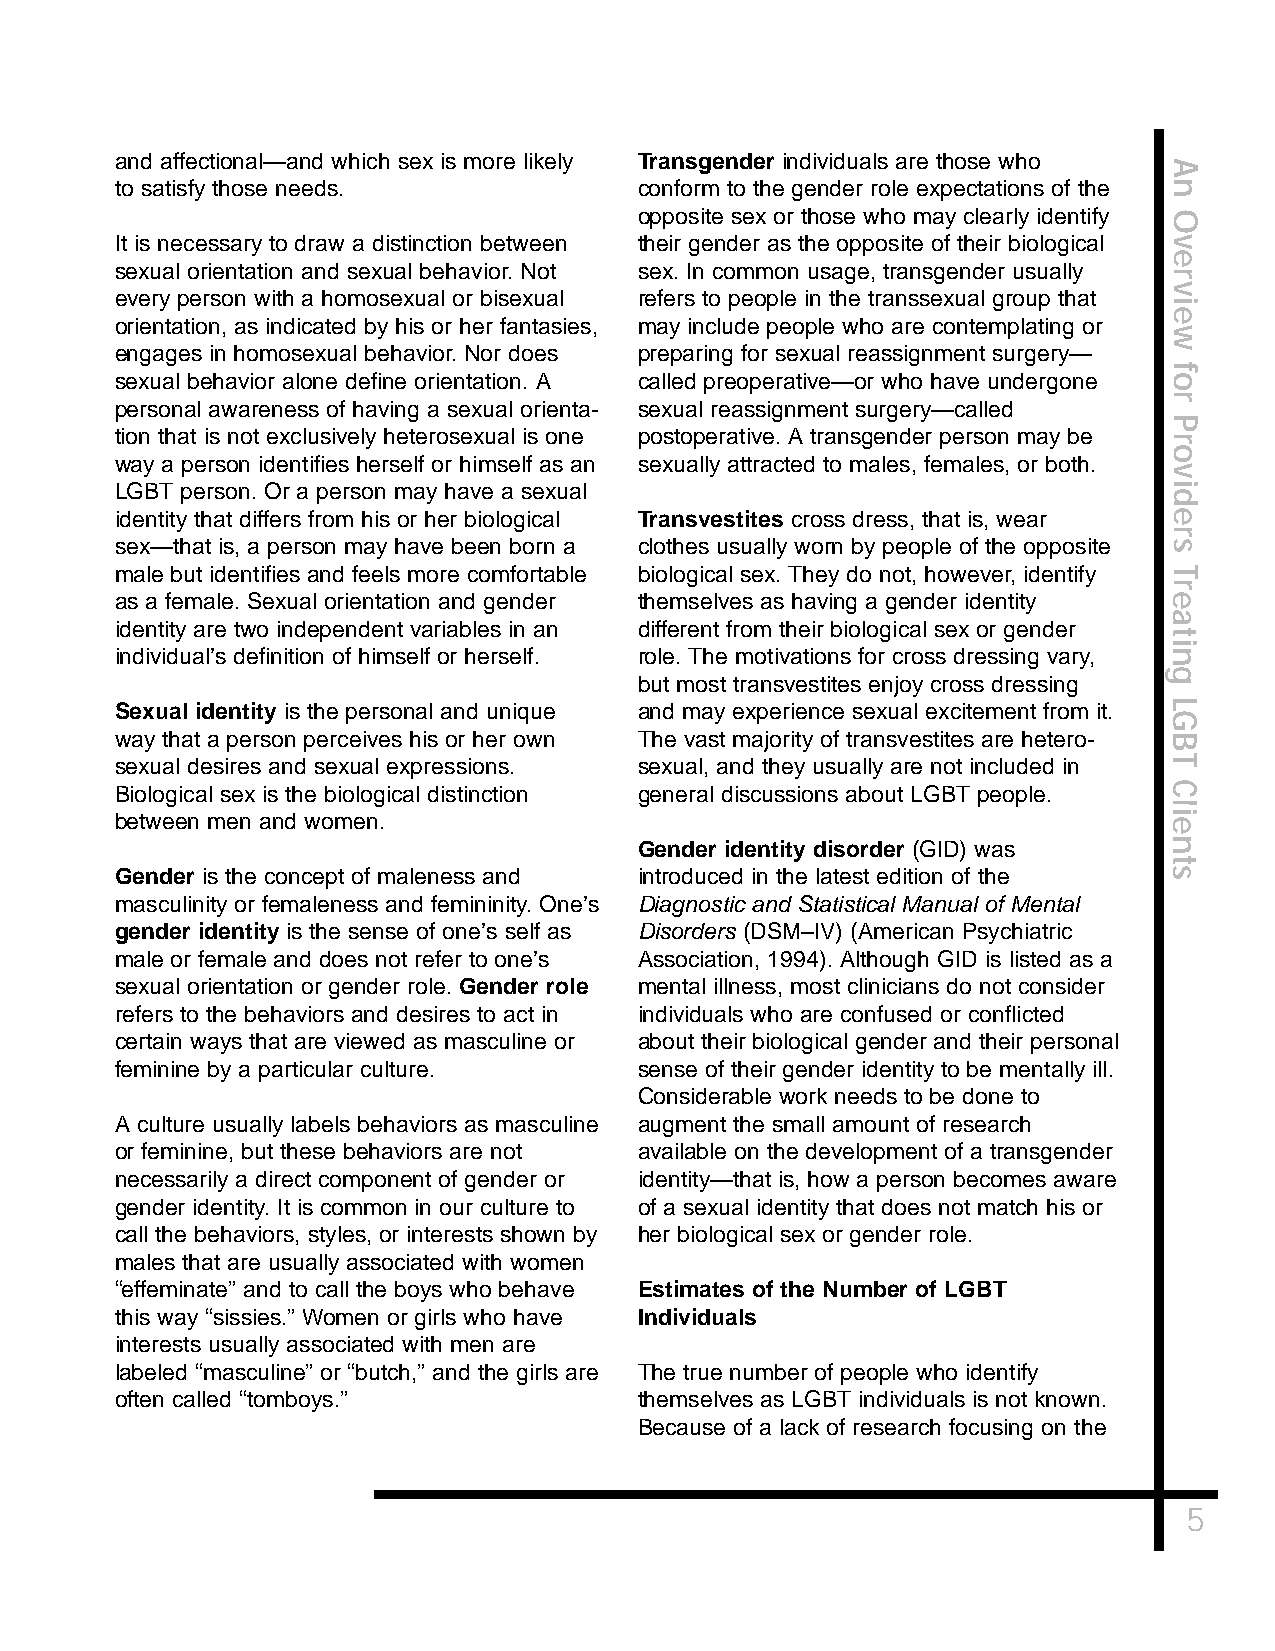
and affectional—and which sex is more likely Transgender individuals are those who
 A
 to satisfy those needs.           conform to the gender role expectations of the n
 opposite sex or those who may clearly identify O
 It is necessary to draw a distinction between their gender as the opposite of their biological v
 e
 sexual orientation and sexual behavior. Not sex. In common usage, transgender usually
 r
 v
 every person with a homosexual or bisexual refers to people in the transsexual group that
 i
 e
 orientation, as indicated by his or her fantasies, may include people who are contemplating or
 w
 engages in homosexual behavior. Nor does preparing for sexual reassignment surgery—
 f
 sexual behavior alone define orientation. A called preoperative—or who have undergone o
 r
 personal awareness of having a sexual orienta- sexual reassignment surgery—called
 P
 tion that is not exclusively heterosexual is one postoperative. A transgender person may be
 r
 o
 way a person identifies herself or himself as an sexually attracted to males, females, or both.
 v
 LGBT person. Or a person may have a sexual                           i
 d
 identity that differs from his or her biological Transvestites cross dress, that is, wear e
 r
 sex—that is, a person may have been born a clothes usually worn by people of the opposite s
 male but identifies and feels more comfortable biological sex. They do not, however, identify T
 r
 as a female. Sexual orientation and gender themselves as having a gender identity e
 a
 identity are two independent variables in an different from their biological sex or gender
 t
 i
 individual’s definition of himself or herself. role. The motivations for cross dressing vary, n
 g
 but most transvestites enjoy cross dressing
 Sexual identity is the personal and unique and may experience sexual excitement from it. L
 G
 way that a person perceives his or her own The vast majority of transvestites are hetero- B
 sexual desires and sexual expressions. sexual, and they usually are not included in T
 Biological sex is the biological distinction general discussions about LGBT people. C
 l
 between men and women.                                               ei
 Gender identity disorder (GID) was n
 t
 Gender is the concept of maleness and introduced in the latest edition of the s
 masculinity or femaleness and femininity. One’s Diagnostic and Statistical Manual of Mental
 gender identity is the sense of one’s self as Disorders (DSM–IV) (American Psychiatric
 male or female and does not refer to one’s Association, 1994). Although GID is listed as a
 sexual orientation or gender role. Gender role mental illness, most clinicians do not consider
 refers to the behaviors and desires to act in individuals who are confused or conflicted
 certain ways that are viewed as masculine or about their biological gender and their personal
 feminine by a particular culture. sense of their gender identity to be mentally ill.
 Considerable work needs to be done to
 A culture usually labels behaviors as masculine augment the small amount of research
 or feminine, but these behaviors are not available on the development of a transgender
 necessarily a direct component of gender or identity—that is, how a person becomes aware
 gender identity. It is common in our culture to of a sexual identity that does not match his or
 call the behaviors, styles, or interests shown by her biological sex or gender role.
 males that are usually associated with women
 “effeminate” and to call the boys who behave Estimates of the Number of LGBT
 this way “sissies.” Women or girls who have Individuals
 interests usually associated with men are
 labeled “masculine” or “butch,” and the girls are The true number of people who identify
 often called “tomboys.”           themselves as LGBT individuals is not known.
 Because of a lack of research focusing on the
 5